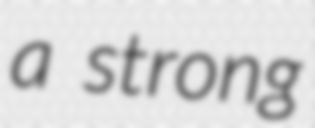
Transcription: a strong